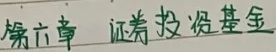
第六章 证券投资基金